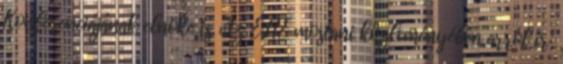
Konferenciájának elnöke is. Az ELTE mostani közleményében arról ír: